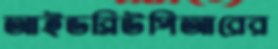
আইডব্লিউপিআরের